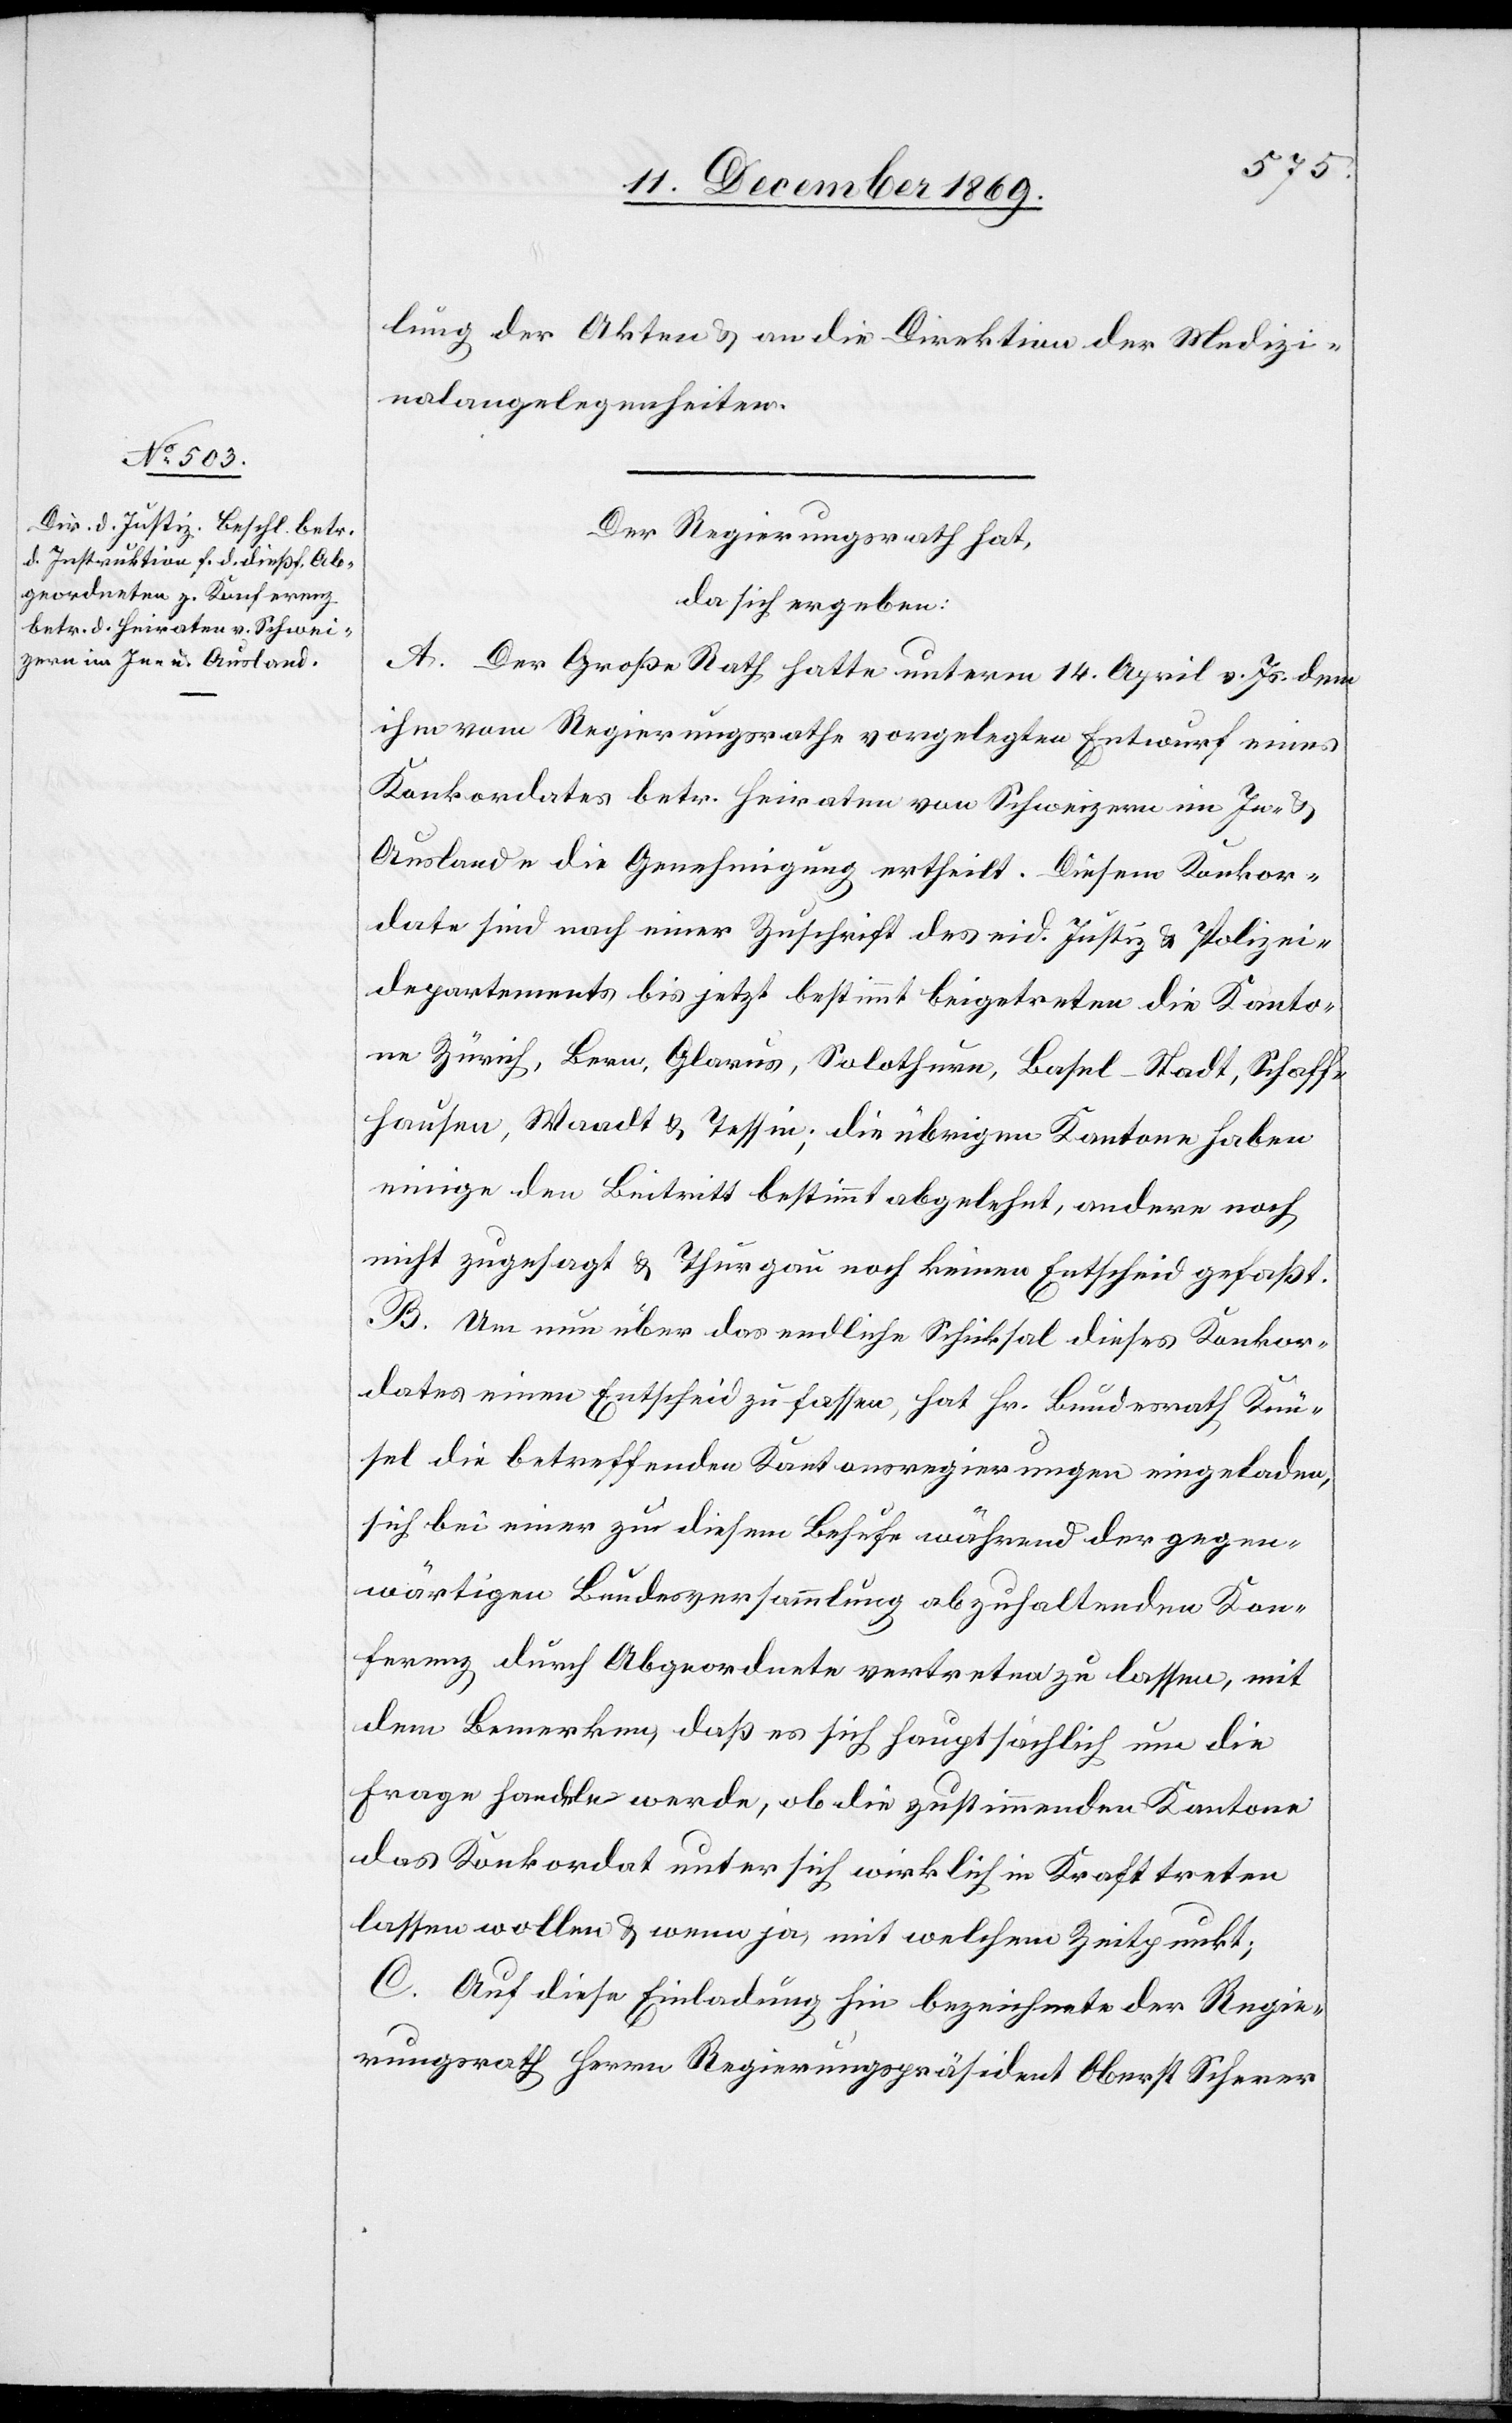
lung der Akten & an die Direktion der Medizi¬
nalangelegenheiten.
Der Regierungsrath hat,
da sich ergeben:
A. Der Große Rath hatte unterm 14. April v. Js. dem
ihm vom Regierungsrathe vorgelegten Entwurf eines
Konkordates betr. Heiraten von Schweizern im In- &
Auslande die Genehmigung ertheilt. Diesem Konkor¬
date sind nach einer Zuschrift des eid. Justiz[-] & Polizei¬
departements bis jetzt bestimmt beigetreten die Kanto¬
ne Zürich, Bern, Glarus, Solothurn, Basel-Stadt, Schaff¬
hausen, Waadt & Tessin; die übrigen Kantone haben
einige den Beitritt bestimmt abgelehnt, andere noch
nicht zugesagt & Thurgau noch keinen Entscheid gefaßt.
B. Um nun über das endliche Schicksal dieses Konkor¬
dates einen Entscheid zu fassen, hat Hr. Bundesrath Knü¬
sel die betreffenden Kantonsregierungen eingeladen,
sich bei einer zu diesem Behufe während der gegen¬
wärtigen Bundesversammlung abzuhaltenden Kon¬
ferenz durch Abgeordnete vertreten zu lassen, mit
dem Bemerken, daß es sich hauptsächlich um die
Frage handeln werde, ob die zustimmenden Kantone
das Konkordat unter sich wirklich in Kraft treten
lassen wollen & wenn ja, mit welchem Zeitpunkt;
C. Auf diese Einladung hin bezeichnete der Regie¬
rungsrath Herrn Regierungspräsident Oberst Scherer